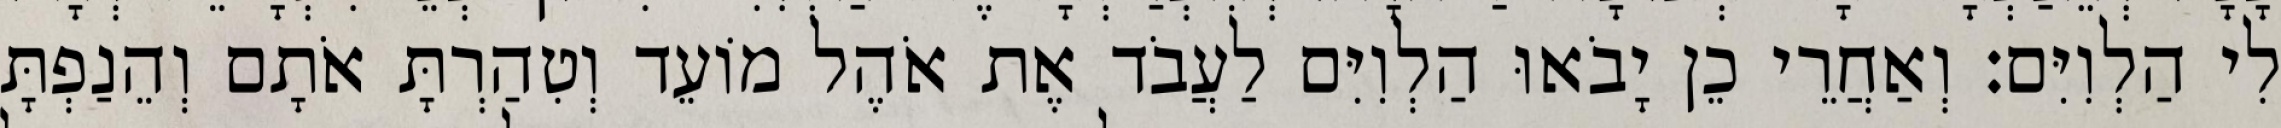
לִי הַלְוִיִּם׃ וְאַחֲרֵי כֵן יָבֹאוּ הַלְוִיִּם לַעֲבֹד אֶת אֹהֶל מוֹעֵד וְטִהַרְתָּ אֹתָם וְהֵנַפְתָּ